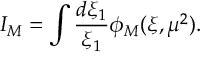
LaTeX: I _ { M } = \int { \frac { d \xi _ { 1 } } { \xi _ { 1 } } } \phi _ { M } ( \xi , \mu ^ { 2 } ) .